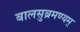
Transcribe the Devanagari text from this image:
बालसुब्रमण्यम्